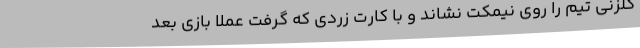
گلزنی تیم را روی نیمکت نشاند و با کارت زردی که گرفت عملاً بازی بعد